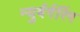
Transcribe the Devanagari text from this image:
न्युर्बर्गरिंग